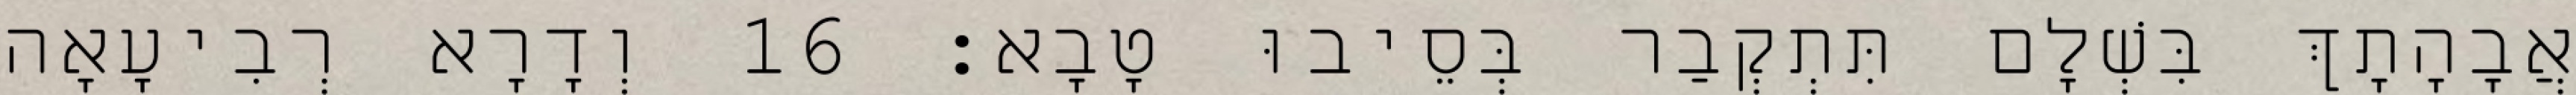
אֲבָהָתָךְ בִּשְׁלָם תִּתְקְבַר בְּסֵיבוּ טָבָא׃ 16 וְדָרָא רְבִיעָאָה